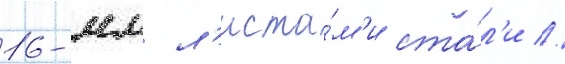
16-мм л'иста́м'и ста́л'и //